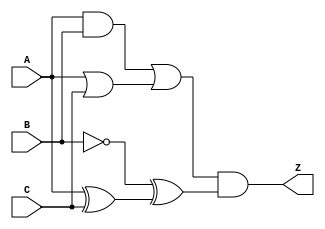
module comb_logic_block (
    input wire A,      // Input A
    input wire B,      // Input B
    input wire C,      // Input C
    output wire Z      // Output Z
);

// Intermediate signals
wire and_out;        // AND output
wire or_out;         // OR output
wire not_out;        // NOT output
wire xor_out;       // XOR output

// Logic Functions
assign and_out = A & B;           // AND operation
assign or_out = A | C;            // OR operation
assign not_out = ~B;              // NOT operation
assign xor_out = A ^ C;           // XOR operation

// Final Output Logic
assign Z = (and_out | or_out) & (not_out ^ xor_out); // Combine results

endmodule